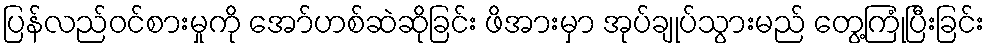
ပြန်လည်ဝင်စားမှုကို အော်ဟစ်ဆဲဆိုခြင်း ဖိအားမှာ အုပ်ချုပ်သွားမည် တွေ့ကြုံပြီးခြင်း